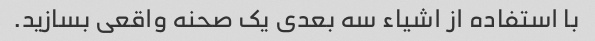
با استفاده از اشیاء سه بعدی یک صحنه واقعی بسازید.